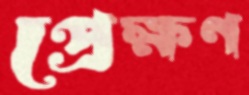
প্রেক্ষণ